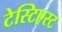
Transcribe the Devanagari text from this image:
टेस्टिएस्ट